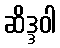
ဆိဒ္ဒဝါ